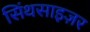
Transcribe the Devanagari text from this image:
सिंथसाइज़र